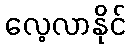
လေ့လာနိုင်